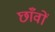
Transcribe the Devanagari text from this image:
छाँवों